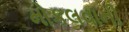
મોકલવાની